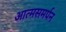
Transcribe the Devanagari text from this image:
आत्मसमर्पन